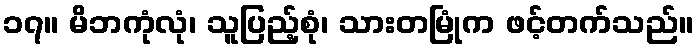
၁၇။ မိဘကုံလုံ၊ သူပြည့်စုံ၊ သားတမြုံက ဖင့်တက်သည်။